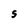
Character: s